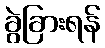
ခွဲခြားရန်